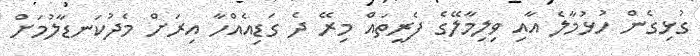
ގުޅިގެން ހުޅުމާލެ އާއި ވިލިމާލޭގެ ފެރީތައް މިރޭ ދެ ގަޑިއެއްހާ އިރަށް މެދުކަނޑާލުމަށް